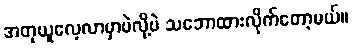
အတုယူလေ့လာမှာပဲလို့ပဲ သဘောထားလိုက်တော့မယ်။